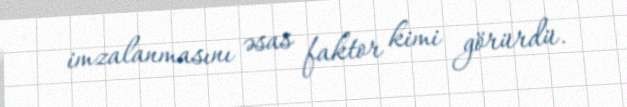
imzalanmasını əsas faktor kimi görürdü.